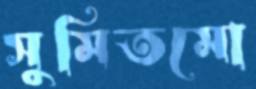
সুমিতমো